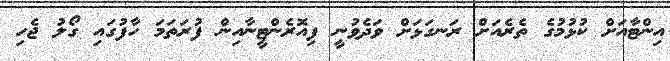
އިންޓާއަށް ކުޅުމުގެ ތެރެއަށް ރަނގަޅަށް ވަދެވުނީ ފިއޮރެންޓީނާއިން ފުރަތަމަ ހާފުގައި ގޯލު ޖެހި